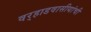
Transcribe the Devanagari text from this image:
वर्‍हाडवासीयांची